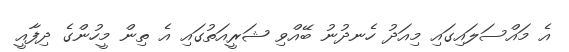
އެ މައްސަލައިގައި މިއަދު ހެނދުނު ބޭއްވި ޝަރީއަތުގައި އެ ތިން މީހުންގެ ދިފާއީ